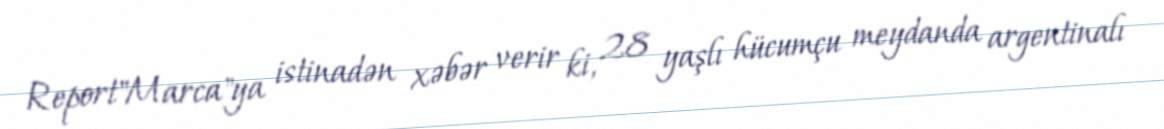
Report"Marca"ya istinadən xəbər verir ki, 28 yaşlı hücumçu meydanda argentinalı